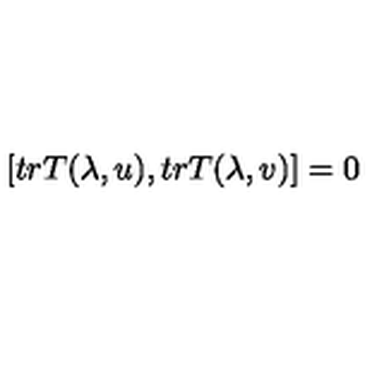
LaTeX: \left[ t r T ( \lambda , u ) , t r T ( \lambda , v ) \right] = 0